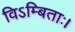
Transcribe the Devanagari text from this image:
विऽम्बिताः।